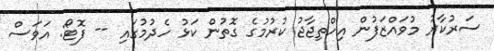
ސަރުކާރު މުވައްޒަފުން އިހްތިޖާޖު ކުރުމުގެ ގޮތުން ކަޅު ހެދުމުގައި -- ފޮޓޯ: އަވަސް